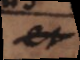
et